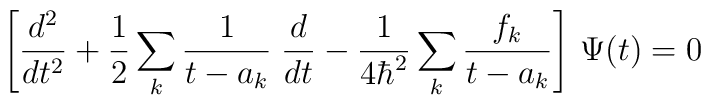
\left[{d^2\over dt^2}+{1\over 2}\sum_k{1\over t-a_k}\;{d\over dt}-{1\over 4\hbar^2}\sum_k{f_k\over t-a_k}\right]\,\Psi(t)=0